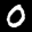
Label: 0